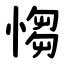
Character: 㥮